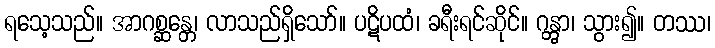
ရသေ့သည်။ အာဂစ္ဆန္တေ၊ လာသည်ရှိသော်။ ပဋိပထံ၊ ခရီးရင်ဆိုင်။ ဂန္တွာ၊ သွား၍။ တဿ၊